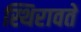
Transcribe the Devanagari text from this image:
स्थिरावते